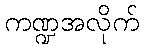
ကဏ္ဍအလိုက်